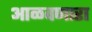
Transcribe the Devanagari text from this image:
आळवणारा